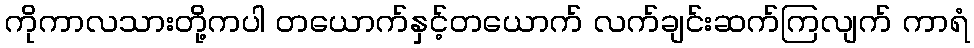
ကိုကာလသားတို့ကပါ တယောက်နှင့်တယောက် လက်ချင်းဆက်ကြလျက် ကာရံ